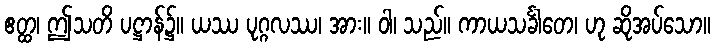
ဧတ္ထ၊ ဤသတိ ပဋ္ဌာန်၌။ ယဿ ပုဂ္ဂလဿ၊ အား။ ဝါ၊ သည်။ ကာယသင်္ခါတေ၊ ဟု ဆိုအပ်သော။